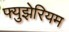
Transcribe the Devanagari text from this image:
फ्युझेरियम